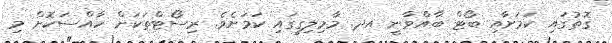
ގޮތުގައި ކަމަށާއި ބޯޓް ބާއްވާނީ އދ. މާމިލިގީގައި ކަމަށެވެ. ރިސޯޓްތަކަށް ހާއްސަކޮށް މި